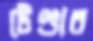
টেণ্ডার